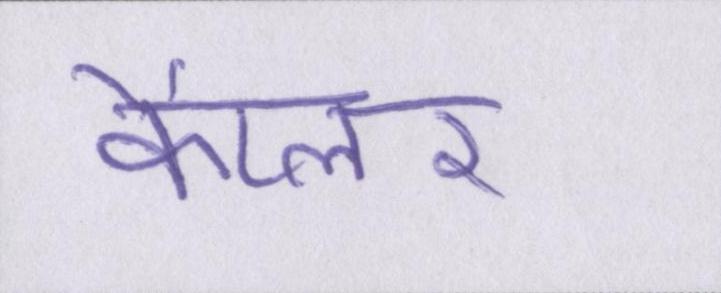
कैप्लर